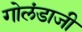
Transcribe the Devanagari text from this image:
गोलंडाजी